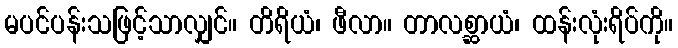
မပင်ပန်းသဖြင့်သာလျှင်။ တိရိယံ၊ ဖီလာ။ တာလစ္ဆာယံ၊ ထန်းလုံးရိပ်ကို။